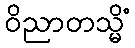
ဝိညာတသ္မိံ